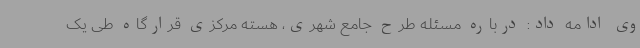
وی ادامه داد: درباره مسئله طرح جامع شهری، هسته مرکزی قرارگاه طی یک